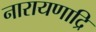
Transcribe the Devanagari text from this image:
नारायणाद्रि